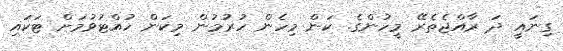
ގިނައީ ދަ ރާއްޖެތެރޭ މީހުންގެ. ކަން މިހެން ހުރުމުން މިކަން ހުއްޓުވުމަށް ޓަކައި